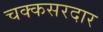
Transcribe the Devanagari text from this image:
चक्कसरदार